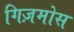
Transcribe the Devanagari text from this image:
गिज़मोस